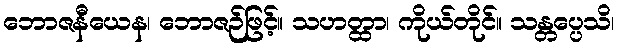
ဘောဇနီယေန၊ ဘောဇဉ်ဖြင့်။ သဟတ္ထာ၊ ကိုယ်တိုင်။ သန္တပ္ပေသိ၊